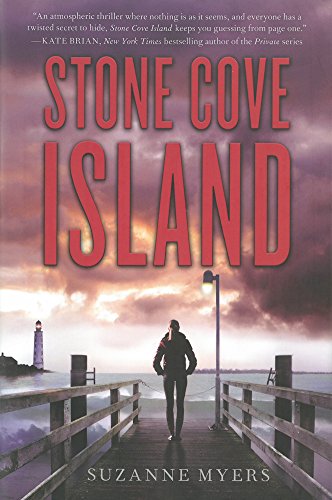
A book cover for Stone Cove Island; Suzanne Myers; Teen & Young Adult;